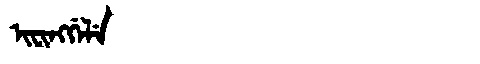
Manchu: ᡳᠸᡳᠩᡤᡝᠯᡝ
Romanization: IFINGGELE